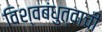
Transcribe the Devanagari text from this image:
विश्वबंधुत्वाची